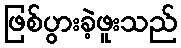
ဖြစ်ပွားခဲ့ဖူးသည်